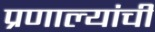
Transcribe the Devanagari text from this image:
प्रणाल्यांची